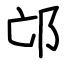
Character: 邙